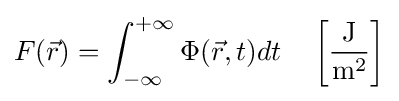
F({\vec {r}})=\int _{-\infty }^{+\infty }\Phi ({\vec {r}},t)dt\quad \left[{\frac {\mathrm {J} }{\mathrm {m} ^{2}}}\right]